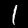
Label: 1